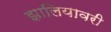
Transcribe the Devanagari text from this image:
झालियावरी